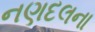
નણદલના